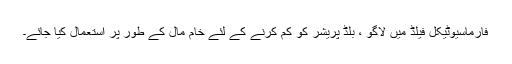
فارماسیوٹیکل فیلڈ میں لاگو ، بلڈ پریشر کو کم کرنے کے لئے خام مال کے طور پر استعمال کیا جائے۔